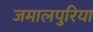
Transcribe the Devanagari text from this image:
जमालपुरिया